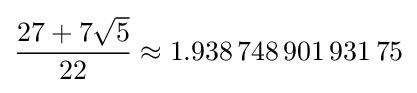
{\frac {27+7{\sqrt {5}}}{22}}\approx 1.938\,748\,901\,931\,75